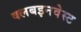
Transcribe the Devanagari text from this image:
क्लबइनवेस्ट